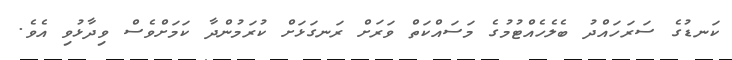
ކަނޑުގެ ސަރަހައްދު ބެލެހެއްޓުމުގެ މަސައްކަތް ވަރަށް ރަނގަޅަށް ކުރަމުންދާ ކަމަށްވެސް ވިދާޅުވި އެވެ.